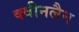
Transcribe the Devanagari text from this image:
क्वीनलैन